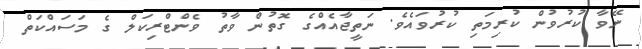
ނޭވާ ކުރުވުން ކުރިމަތި ކުރުވައެވެ. ނަތީޖާއެއްގެ ގޮތުން ވާތު ވެންޓްރިކަލް ގެ މަސައްކަތް